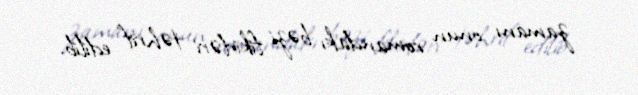
zamanı onun romandakı bəzi fikirləri təhrif edilib.